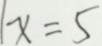
x = 5